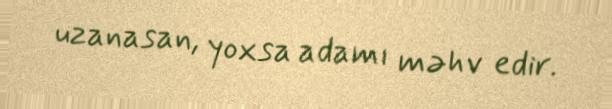
uzanasan, yoxsa adamı məhv edir.